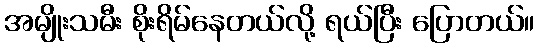
အမျိုးသမီး စိုးရိမ်နေတယ်လို့ ရယ်ပြီး ပြောတယ်။